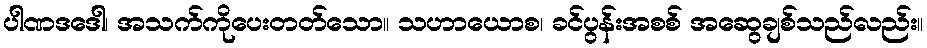
ပါဏဒဒေါ၊ အသက်ကိုပေးတတ်သော။ သဟာယောစ၊ ခင်ပွန်းအစစ် အဆွေချစ်သည်လည်း။